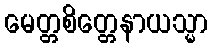
မေတ္တစိတ္တေနာယသ္မာ